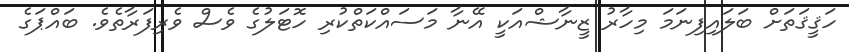
ހަޤީޤަތަށް ބަލައިފިނަމަ މިހާރު ޒީނާޝްއަކީ އޭނާ މަސައްކަތްކުރި ހޮޓަލުގެ ވެސް ވެރިފަރާތެވެ. ބައްޕަގެ